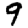
Digit: 9